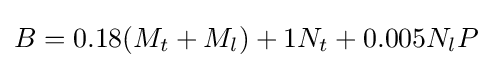
B=0.18(M_{t}+M_{l})+1N_{t}+0.005N_{l}P